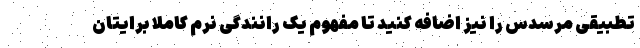
تطبیقی مرسدس را نیز اضافه کنید تا مفهوم یک رانندگی نرم کاملا برایتان